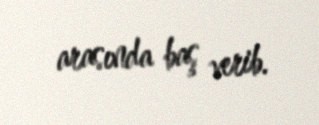
arasında baş verib.